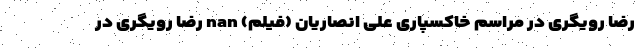
رضا رویگری در مراسم خاکسپاری علی انصاریان (فیلم) nan رضا رویگری در